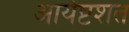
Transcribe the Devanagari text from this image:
आर्यष्टशत